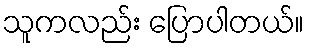
သူကလည်း ပြောပါတယ်။